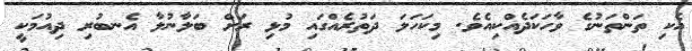
އެކި ތަންތަނުގެ ވާހަކަދެއްކިއެވެ. މިކަހަލަ ދަތުރެއްގައި މުޅި ރަށް ބަލާނުލާ އެނބުރި ދިއުމަކީ